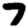
Digit: 7